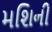
મશિની